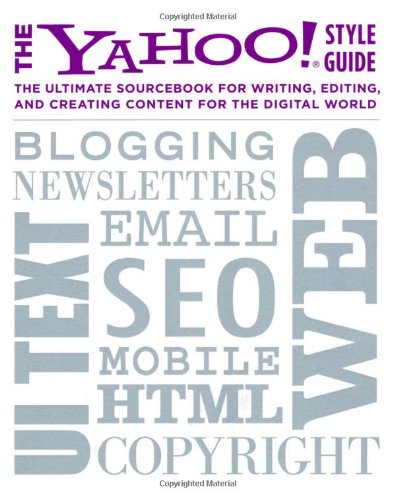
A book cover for The Yahoo! Style Guide: The Ultimate Sourcebook for Writing, Editing, and Creating Content for the Digital World; Computers & Technology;